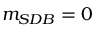
m _ { S D B } = 0